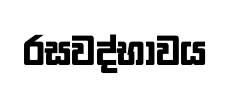
රසවද්භාවය